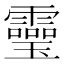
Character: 𩆜